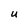
Character: U